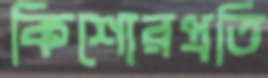
কিশোরপ্রতি